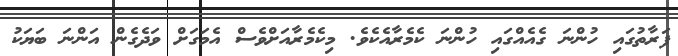
ފަރާތުގައި ހުންނަ ގެއެއްގައި ހުންނަ ކެމެރާއެކެވެ. މިކެމެރާއަށްވެސް އެމަގަށް ވަދެގެން އަންނަ ބަޔަކު